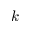
k